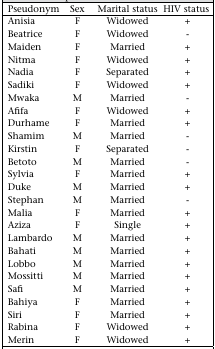
<table><thead><tr><td><b>Pseudonym</b></td><td><b>Sex</b></td><td><b>Marital status</b></td><td><b>HIV status</b></td></tr></thead><tbody><tr><td>Anisia</td><td>F</td><td>Widowed</td><td>+</td></tr><tr><td>Beatrice</td><td>F</td><td>Widowed</td><td>-</td></tr><tr><td>Maiden</td><td>F</td><td>Married</td><td>+</td></tr><tr><td>Nitma</td><td>F</td><td>Widowed</td><td>+</td></tr><tr><td>Nadia</td><td>F</td><td>Separated</td><td>+</td></tr><tr><td>Sadiki</td><td>F</td><td>Widowed</td><td>+</td></tr><tr><td>Mwaka</td><td>M</td><td>Married</td><td>-</td></tr><tr><td>Afifa</td><td>F</td><td>Widowed</td><td>+</td></tr><tr><td>Durhame</td><td>F</td><td>Married</td><td>+</td></tr><tr><td>Shamim</td><td>M</td><td>Married</td><td>-</td></tr><tr><td>Kirstin</td><td>F</td><td>Separated</td><td>-</td></tr><tr><td>Betoto</td><td>M</td><td>Married</td><td>-</td></tr><tr><td>Sylvia</td><td>F</td><td>Married</td><td>+</td></tr><tr><td>Duke</td><td>M</td><td>Married</td><td>+</td></tr><tr><td>Stephan</td><td>M</td><td>Married</td><td>-</td></tr><tr><td>Malia</td><td>F</td><td>Married</td><td>+</td></tr><tr><td>Aziza</td><td>F</td><td>Single</td><td>+</td></tr><tr><td>Lambardo</td><td>M</td><td>Married</td><td>+</td></tr><tr><td>Bahati</td><td>M</td><td>Married</td><td>+</td></tr><tr><td>Lobbo</td><td>M</td><td>Married</td><td>+</td></tr><tr><td>Mossitti</td><td>M</td><td>Married</td><td>+</td></tr><tr><td>Safi</td><td>M</td><td>Married</td><td>+</td></tr><tr><td>Bahiya</td><td>F</td><td>Married</td><td>+</td></tr><tr><td>Siri</td><td>F</td><td>Married</td><td>+</td></tr><tr><td>Rabina</td><td>F</td><td>Widowed</td><td>+</td></tr><tr><td>Merin</td><td>F</td><td>Widowed</td><td>+</td></tr></tbody></table>